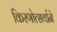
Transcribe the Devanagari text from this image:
किरणोत्‍सर्गाने